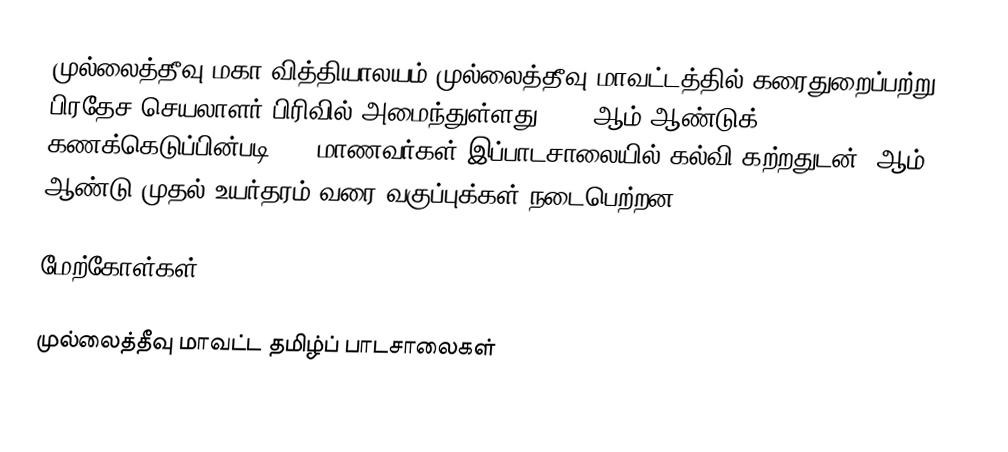
முல்லைத்தீவு மகா வித்தியாலயம் முல்லைத்தீவு மாவட்டத்தில் கரைதுறைப்பற்று பிரதேச செயலாளர் பிரிவில் அமைந்துள்ளது. 2005ஆம் ஆண்டுக் கணக்கெடுப்பின்படி 346 மாணவர்கள் இப்பாடசாலையில் கல்வி கற்றதுடன் 6ஆம் ஆண்டு முதல் உயர்தரம் வரை வகுப்புக்கள் நடைபெற்றன.

மேற்கோள்கள்

முல்லைத்தீவு மாவட்ட தமிழ்ப் பாடசாலைகள்